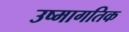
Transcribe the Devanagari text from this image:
उष्मागतिक